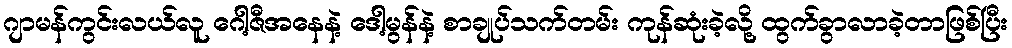
ဂျာမန်ကွင်းလယ်လူ ဂေါ့ဇီအနေနဲ့ ဒေါ့မွန်နဲ့ စာချုပ်သက်တမ်း ကုန်ဆုံးခဲ့လို့ ထွက်ခွာလာခဲ့တာဖြစ်ပြီး